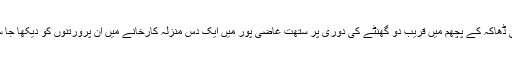
راجدھانی ڈھاکہ کے پچھم میں قریب دو گھنٹے کی دوری پر ستھت غاضی پور میں ایک دس منزلہ کارخانے میں ان پرورتنوں کو دیکھا جا سکتا ہے۔